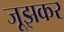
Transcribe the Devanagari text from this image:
जूझकर